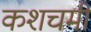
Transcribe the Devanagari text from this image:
कशचमी